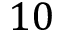
1 0